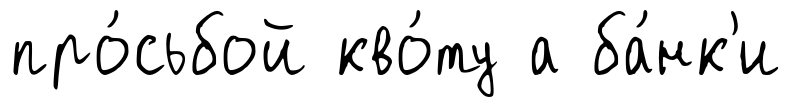
про́сьбой кво́ту а ба́нк'и